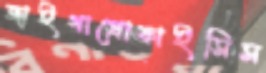
জাইগাপ্রোফাইসিস